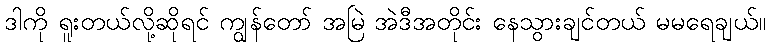
ဒါကို ရူးတယ်လို့ဆိုရင် ကျွန်တော် အမြဲ အဲဒီအတိုင်း နေသွားချင်တယ် မမရေချယ်။